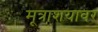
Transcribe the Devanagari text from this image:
मूत्राशयावर